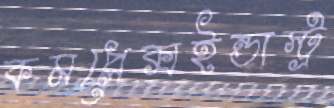
কমপ্লেক্সইন্ডাস্ট্র